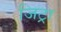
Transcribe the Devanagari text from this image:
जिट्रा